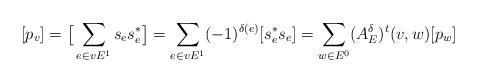
LaTeX: \begin{align*}[p_v] = \big[\sum_{e \in vE^1} s_e s^*_e\big] = \sum_{e \in vE^1} (-1)^{\delta(e)} [s_e^* s_e] = \sum_{w \in E^0} (A^\delta_E)^t(v,w) [p_w]\end{align*}